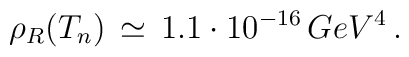
\rho _{R}(T_{n})\,\simeq \,1.1\cdot 10^{-16}\,GeV^{4}\,.